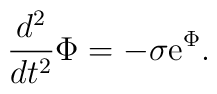
\frac{d^2}{dt^2}\Phi = -\sigma\mbox{e}^{\Phi}.